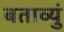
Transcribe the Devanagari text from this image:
बताव्युं